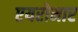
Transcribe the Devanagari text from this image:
एयरोमार